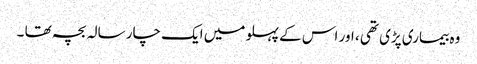
وہ بیماری پڑی تھی ، اور اس کے پہلو میں ایک چار سالہ بچہ تھا ۔